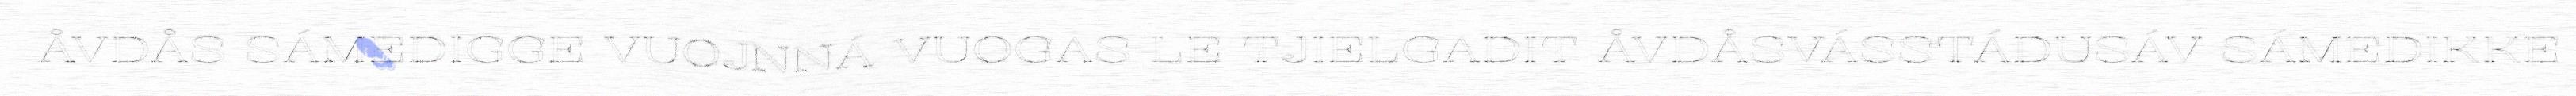
ÅVDÅS SÁMEDIGGE VUOJNNÁ VUOGAS LE TJIELGADIT ÅVDÅSVÁSSTÁDUSÁV SÁMEDIKKE